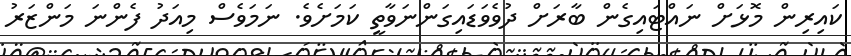
ކައިރިން މޮޅަށް ނައްޓައިގެން ބާރަށް ދުވެވަޑައިގަންނަވާތީ ކަމަށެވެ. ނަމަވެސް މިއަދު ފެންނަ މަންޒަރު